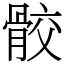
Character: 骹